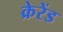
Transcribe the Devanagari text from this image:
क्रेरेंड